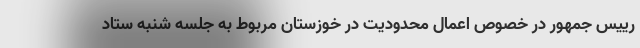
رییس جمهور در خصوص اعمال محدودیت در خوزستان مربوط به جلسه شنبه ستاد